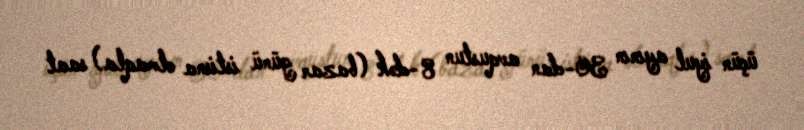
üçün iyul ayının 30-dan avqustun 8-dək (bazar günü istisna olmaqla) saat